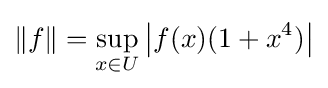
\|f\|=\sup _{x\in U}{\left|f(x)(1+x^{4})\right|}